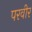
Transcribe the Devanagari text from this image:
परवीर